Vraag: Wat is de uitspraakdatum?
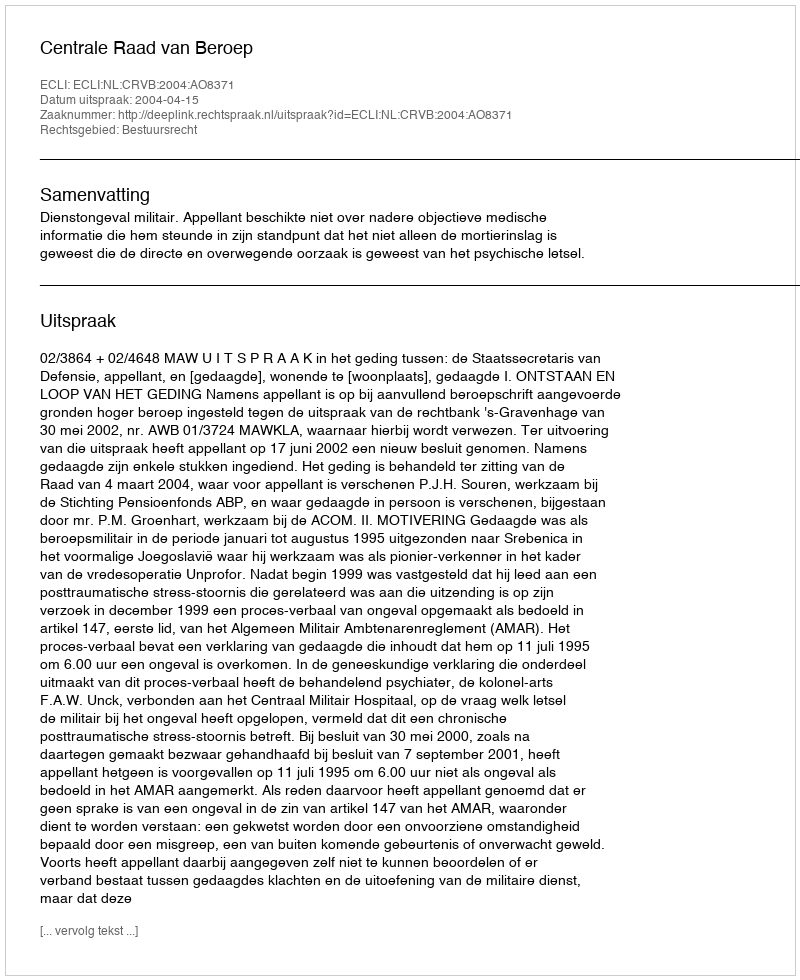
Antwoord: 2004-04-15